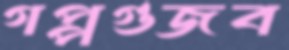
গপ্পগুজব